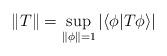
LaTeX: \begin{align*} \left\|T\right\|=\sup_{\left\|\phi\right\|=1}\left|\left\langle \phi|T\phi \right\rangle\right|\end{align*}